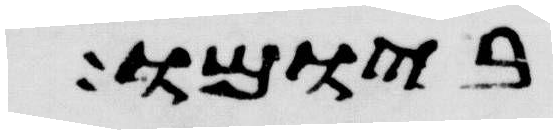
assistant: ביומו